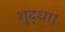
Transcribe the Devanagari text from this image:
शुद्धा।